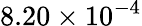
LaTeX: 8.20\times 10^{-4}